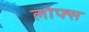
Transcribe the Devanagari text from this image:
लोफ्स